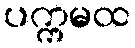
ပက္ကမထ